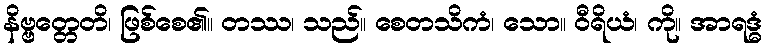
နိဗ္ဗတ္တေတိ၊ ဖြစ်စေ၏။ တဿ၊ သည်။ စေတသိကံ၊ သော။ ဝီရိယံ၊ ကို။ အာရဒ္ဓံ